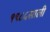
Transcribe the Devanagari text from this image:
१९८५साली